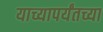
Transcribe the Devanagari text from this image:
याच्यापर्यंतच्या